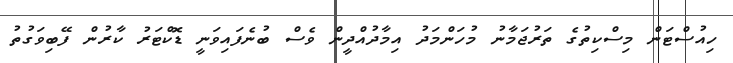
ހިއުސްޓަން މިސްކިތުގެ ތަރުޖަމާނު މުހަންމަދު އިމާދުއްދީން ވެސް ބުނެފައިވަނީ ޑޮކްޓަރު ކާރުން ފޭބިވަގުތު